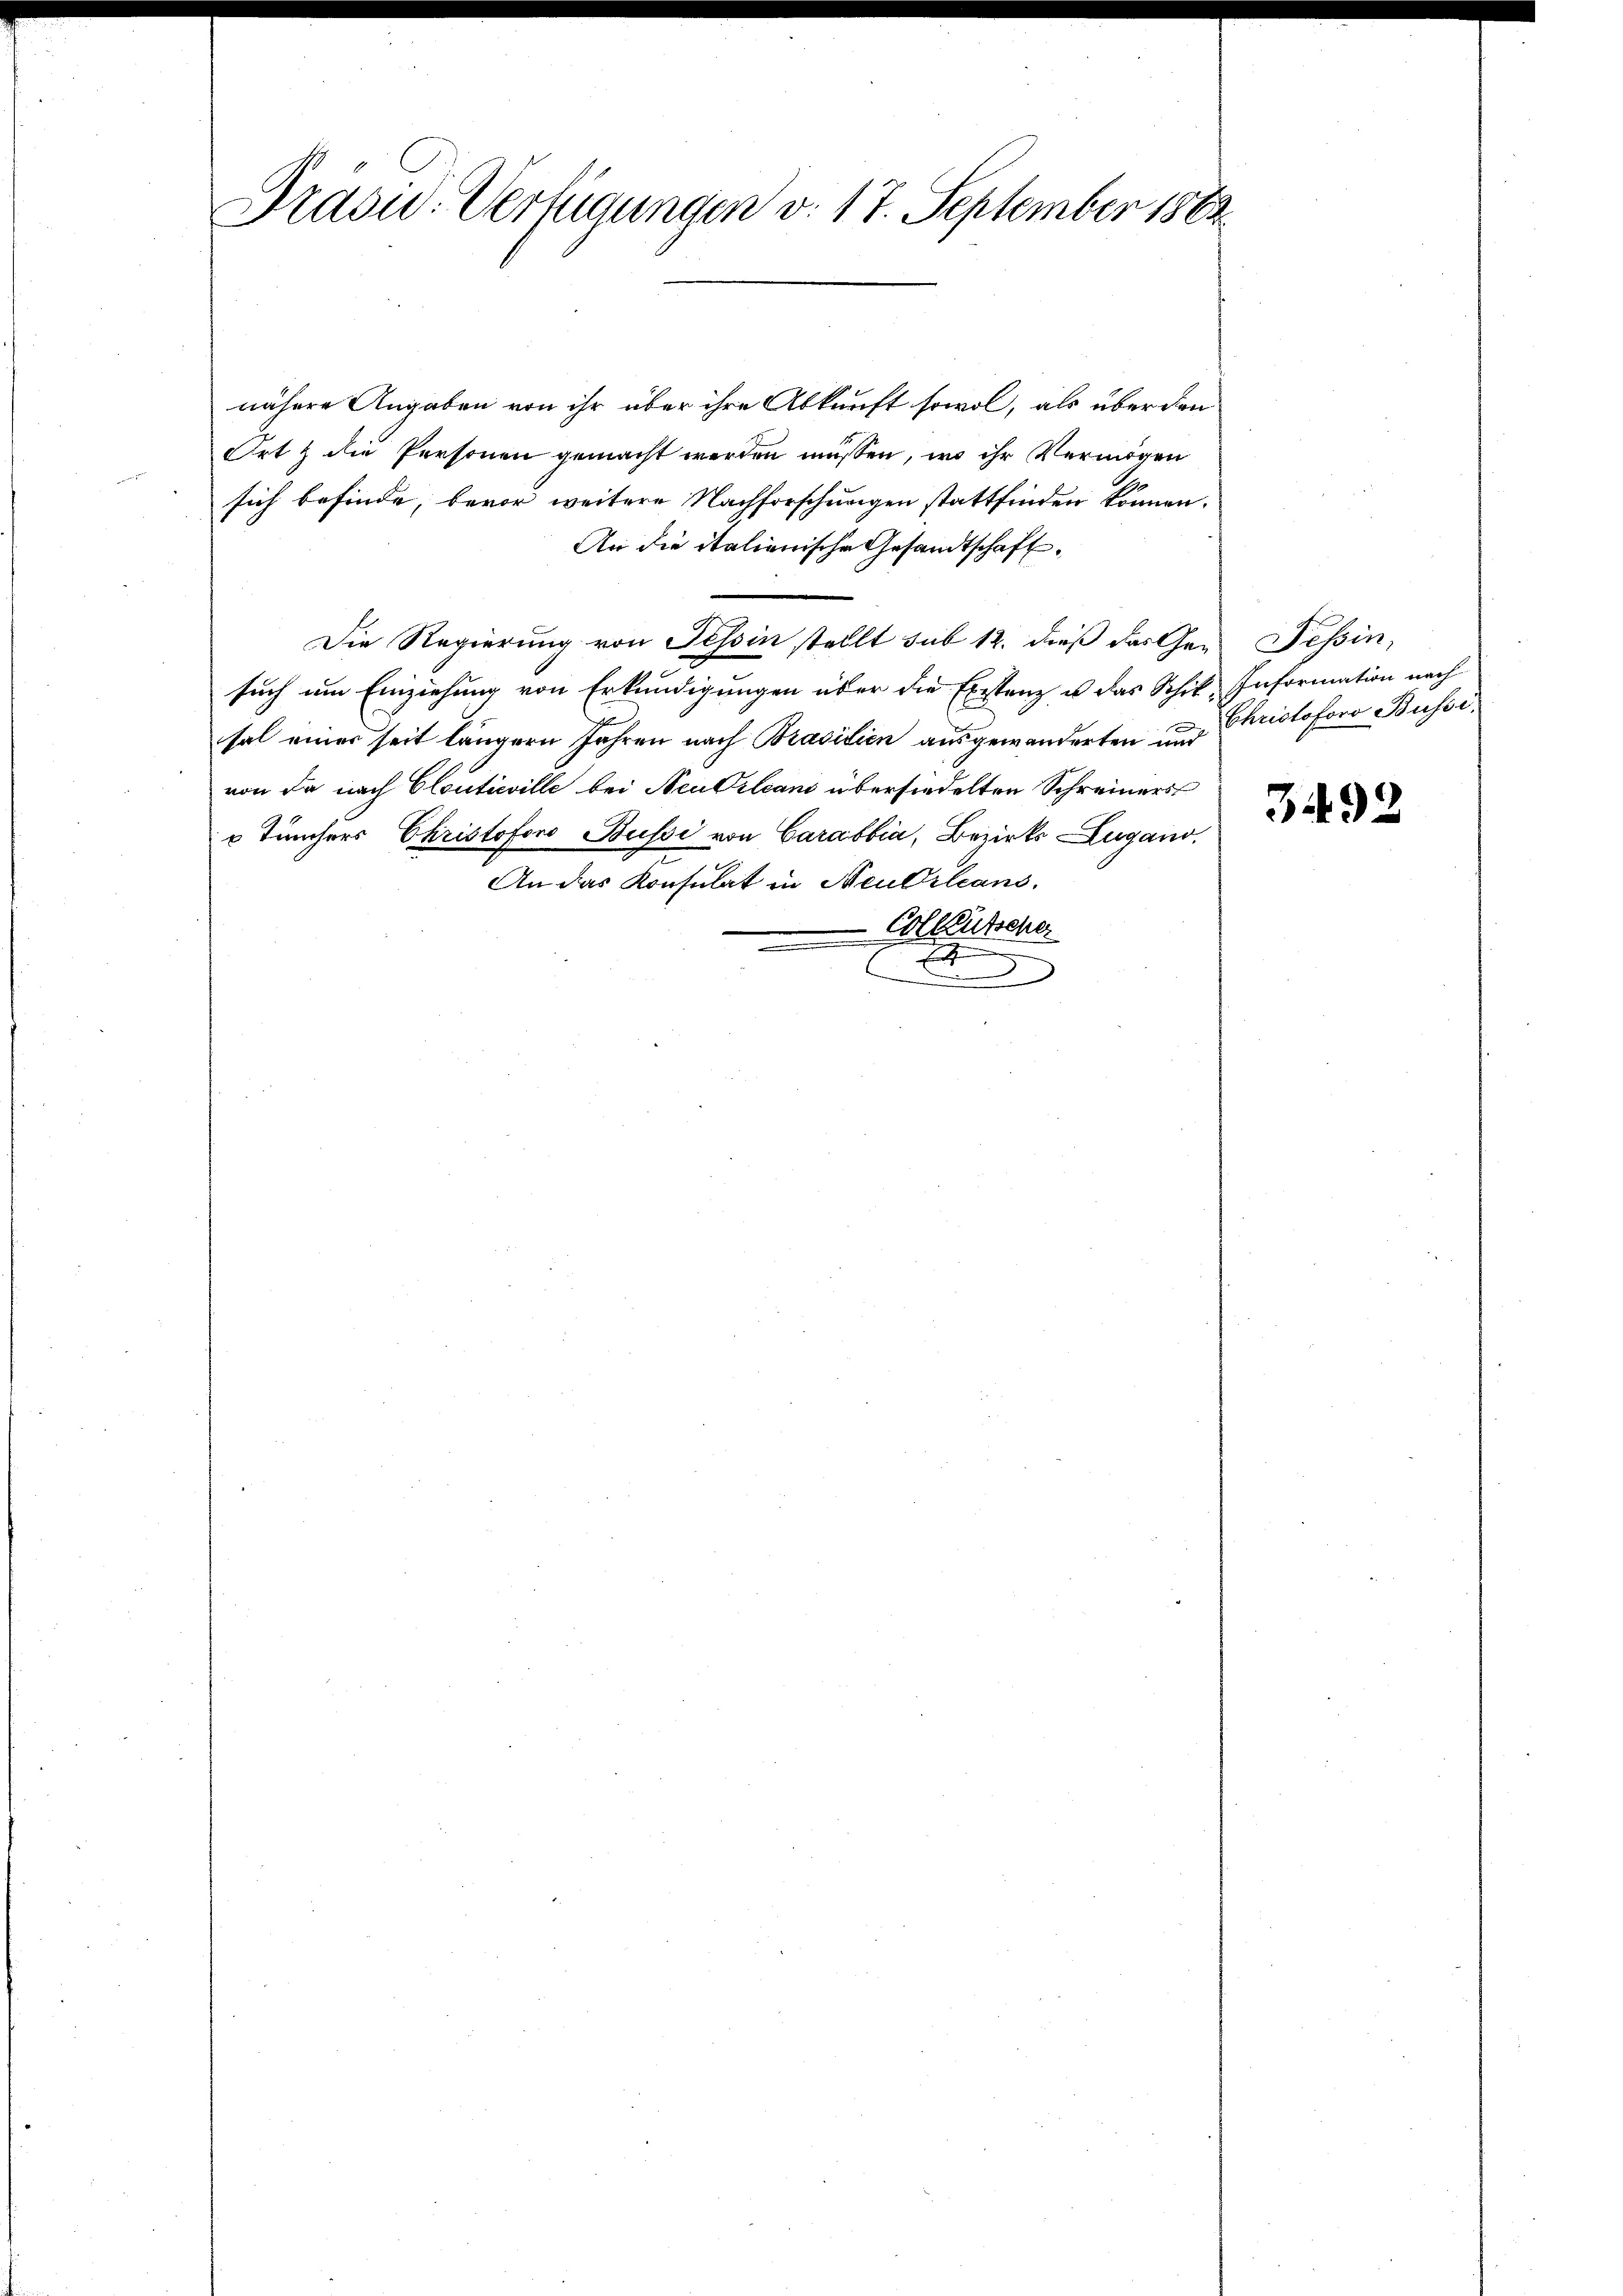
Präsid. Verfügungen v. 17. September 1883.

nähere Angaben von ihr über ihre Abkunft sowol, als über den
Ort & die Personen gemacht werden müssen, wo ihr Vermögen
sich befinde, bevor weitere Nachforschungen stattfinden können.
An die italienische Gesandtschaft¬
Die Regierung von Tessin stellt sub 12. dieß das Gen. Tessin,
such um Einziehung von Erkundigungen über die Existanz u. das Schil-Information nach
sal einer seit längern Jahren nach Prasilien ausgewanderten und Christoforo Busse
von da nach Clouticille bei Neu Orleans übersiedelten Schreiners
 Tünchers Christoforo Bussi von Carabbia, Bezirks Zugano,
An das Konsulat in Neubrleans
Colleutscher
F

3492